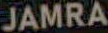
JAMRA